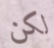
لكن